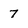
Character: 7